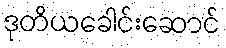
ဒုတိယခေါင်းဆောင်